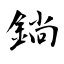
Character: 鋿